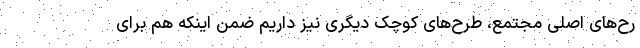
رح‌های اصلی مجتمع، طرح‌های کوچک دیگری نیز داریم ضمن اینکه هم برای